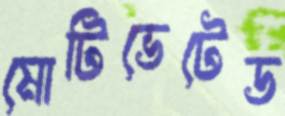
মোটিভেটেড